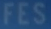
FES